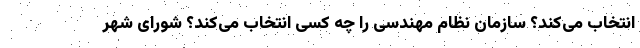
انتخاب می‌کند؟ سازمان نظام مهندسی را چه کسی انتخاب می‌کند؟ شورای شهر